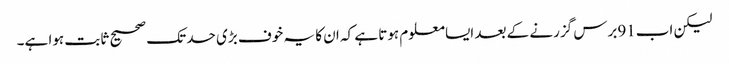
لیکن اب91برس گزرنے کے بعد ایسا معلوم ہوتا ہے کہ ان کا یہ خوف بڑی حد تک صحیح ثابت ہوا ہے۔